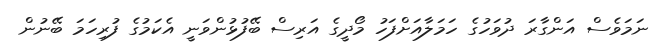
ނަމަވެސް އަންގާރަ ދުވަހުގެ ހަމަލާއަށްފަހު މޯދީގެ އަރިސް ބޭފުޅުންވަނީ އެކަމުގެ ފުރިހަމަ ބޭނުން